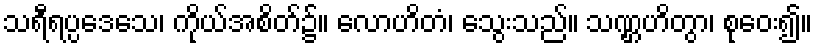
သရီရပ္ပဒေသေ၊ ကိုယ်အစိတ်၌။ လောဟိတံ၊ သွေးသည်။ သဏ္ဌဟိတွာ၊ စုဝေး၍။